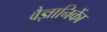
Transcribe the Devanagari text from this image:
वैज्ञानिकाें